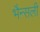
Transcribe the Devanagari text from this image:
भैन्सली